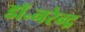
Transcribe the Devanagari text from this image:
डॉ॰नरेन्द्र